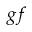
g f